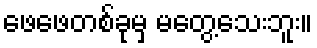
ဖေဖေတစ်ခုမှ မတွေ့သေးဘူး။